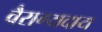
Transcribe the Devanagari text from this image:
वैराग्यदाय